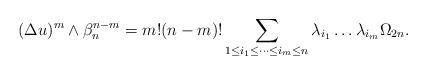
\begin{align*} \begin{aligned} (\Delta u)^{m}\wedge \beta_n ^{n-m}=m!(n-m)!\sum_{1\leq i_1 \leq \dots \leq i_m \leq n}\lambda_{i_1}\dots \lambda_{i_m}\Omega_{2n}.\end{aligned} \end{align*}